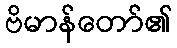
ဗိမာန်တော်၏